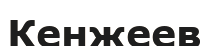
Кенжеев